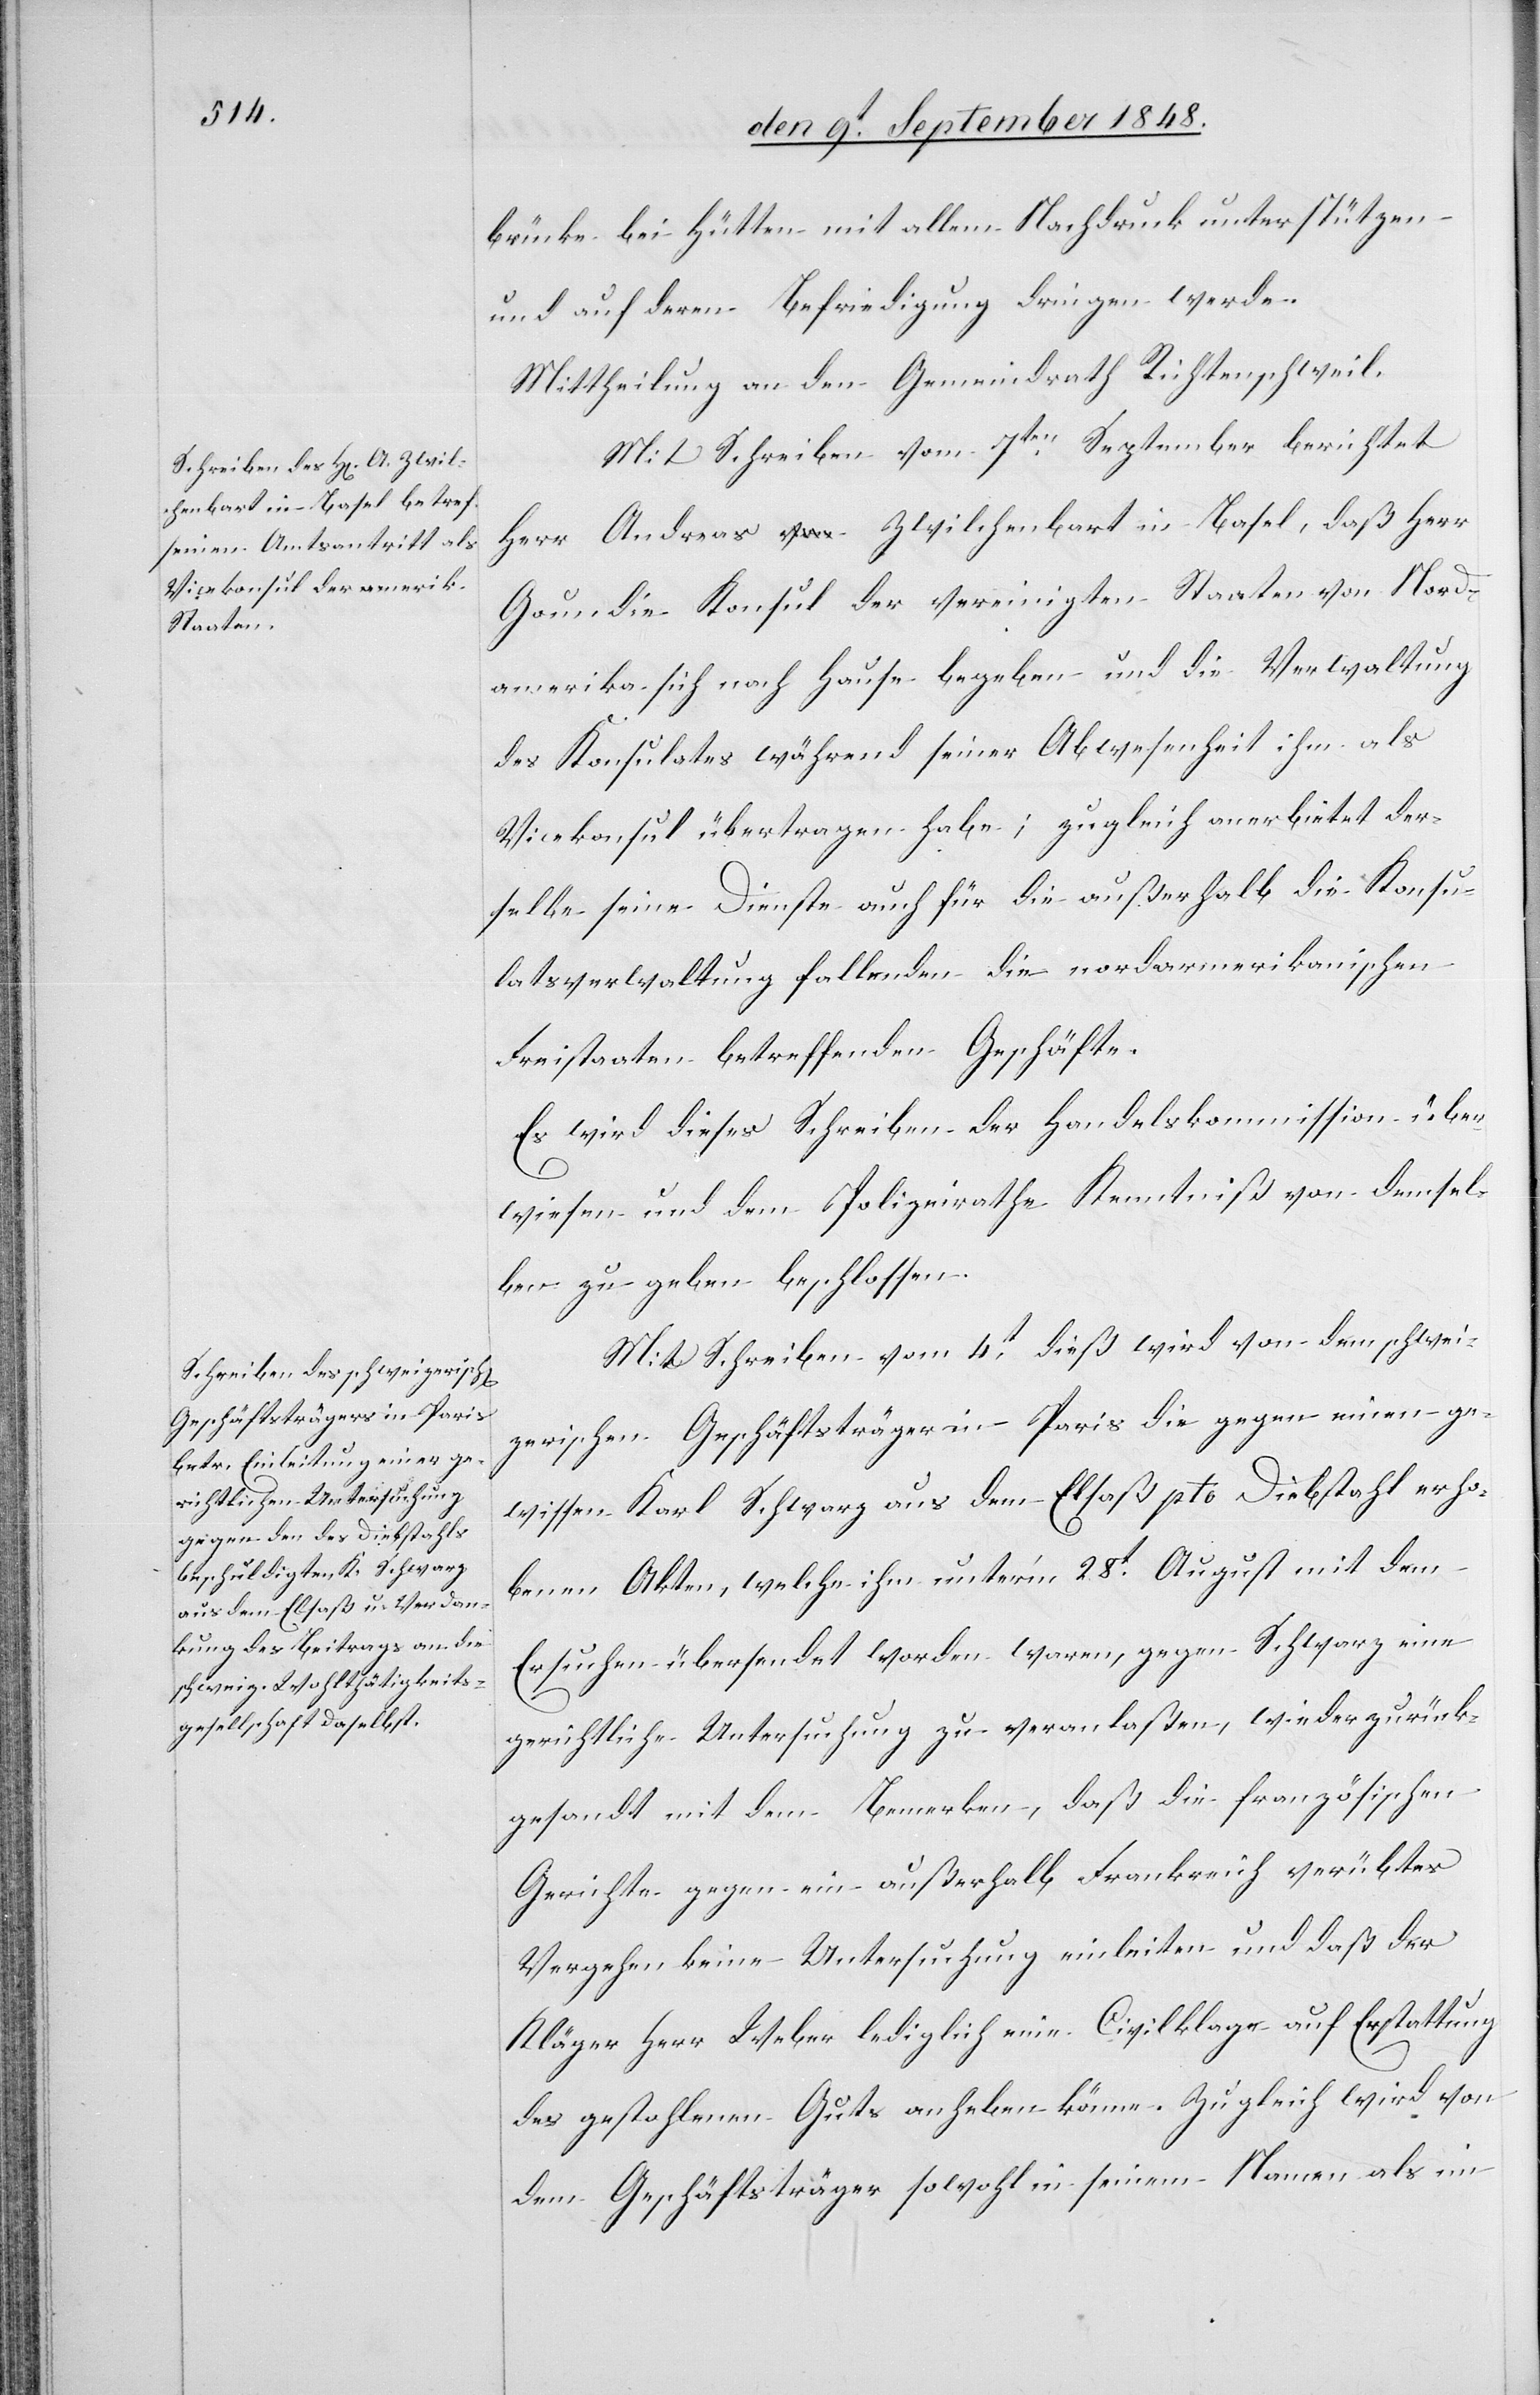
brücke bei Hütten mit allem Nachdruck unterstützen
und auf deren Befriedigung dringen werde.
Mittheilung an den Gemeindrath Richtenschweil.
Mit Schreiben vom 7ten September berichtet
Herr Andreas Zwilchenbart in Basel, daß Herr
Goundie Konsul der vereinigten Staaten von Nord¬
amerika sich nach Hause begeben und die Verwaltung
des Konsulates während seiner Abwesenheit ihm als
Vicekonsul übertragen habe; zugleich anerbietet der¬
selbe seine Dienste auch für die außerhalb die Konsu¬
latsverwaltung fallenden die nordamerikanischen
Freistaaten betreffenden Geschäfte.
Es wird dieses Schreiben der Handelskommission über¬
wiesen und dem Polizeirathe Kenntniß von demsel¬
ben zu geben beschlossen.
Mit Schreiben vom 4t dieß wird von dem schwei¬
zerischen Geschäftsträger in Paris die gegen einen ge¬
wissen Karl Schwarz aus dem Elsaß pto. Diebstahl erho¬
benen Akten, welche ihm unter’m 28t August mit dem
Ersuchen übersendet worden waren, gegen Schwarz eine
gerichtliche Untersuchung zu veranlaßen, wiederzurück¬
gesandt mit dem Bemerken, daß die französischen
Gerichte gegen ein außerhalb Frankreich verübtes
Vergehen keine Untersuchung einleiten und daß der
Kläger Herr Weber lediglich eine Civilklage auf Erstattung
des gestohlenen Guts anheben könne. Zugleich wird von
dem Geschäftsträger sowohl in seinem Namen als im